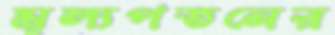
মূল্যপতনের